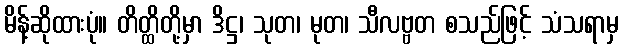
မိန့်ဆိုထားပုံ။ တိတ္ထိတို့မှာ ဒိဋ္ဌ၊ သုတ၊ မုတ၊ သီလဗ္ဗတ စသည်ဖြင့် သံသရာမှ